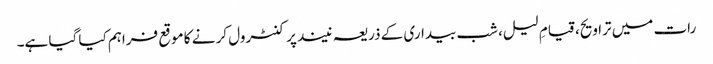
رات میں تراویح، قیامِ لیل، شب بیداری کے ذریعہ نیند پر کنٹرول کر نے کا موقع فراہم کیا گیا ہے۔